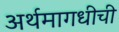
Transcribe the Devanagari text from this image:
अर्थमागधीची